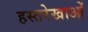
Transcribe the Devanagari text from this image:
हस्तरेखाओं